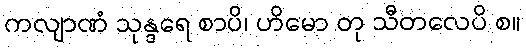
ကလျာဏံ သုန္ဒရေ စာပိ၊ ဟိမော တု သီတလေပိ စ။